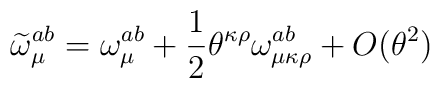
\widetilde{\omega}_{\mu}^{ab}=\omega_{\mu}^{ab}+\frac{1}{2}\theta^{\kappa\rho}\omega_{\mu\kappa\rho}^{ab}+O(\theta^{2})